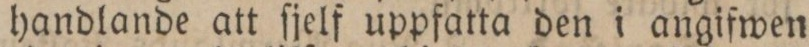
handlande att ſjelf uppfatta den i angifwen